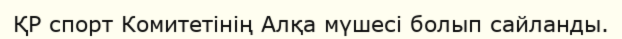
ҚР спорт Комитетінің Алқа мүшесі болып сайланды.